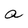
Character: a